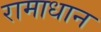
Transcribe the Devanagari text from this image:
रामाधान